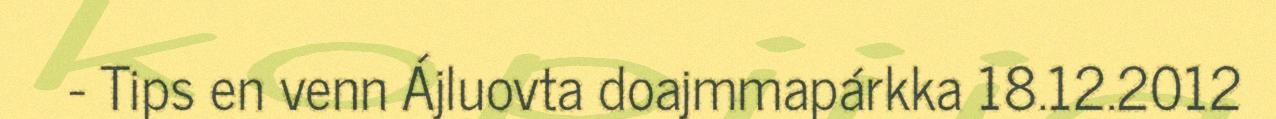
- Tips en venn Ájluovta doajmmapárkka 18.12.2012